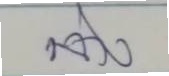
ล่าง